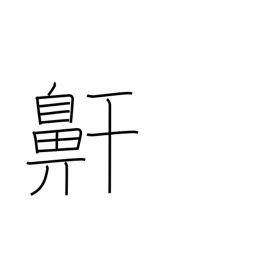
Meaning: snoring